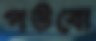
পউবো